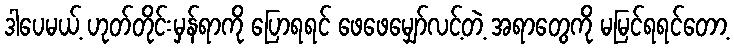
ဒါပေမယ့် ဟုတ်တိုင်းမှန်ရာကို ပြောရရင် ဖေဖေမျှော်လင့်တဲ့ အရာတွေကို မမြင်ရရင်တော့